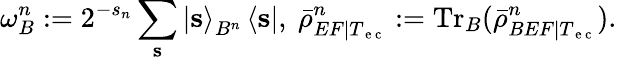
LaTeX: \omega_{B}^{n}:=2^{-s_{n}}\sum_{\mathbf{s}}\left\vert\mathbf{s}\right\rangle_{B^{n}}\left\langle\mathbf{s}\right\vert,~\bar{\rho}_{EF|T_{\mathrm{~e~c~}}}^{n}:=\mathrm{Tr}_{B}(\bar{\rho}_{BEF|T_{\mathrm{~e~c~}}}^{n}).